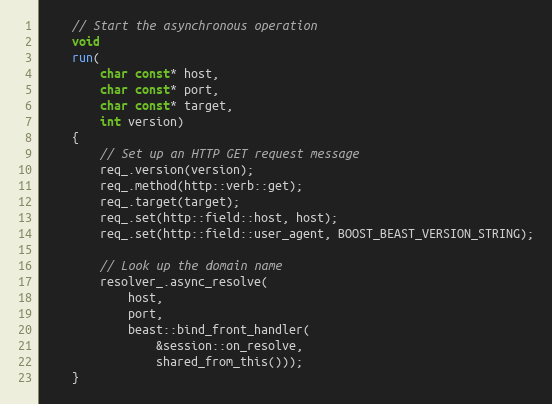
Language: C++
    // Start the asynchronous operation
    void
    run(
        char const* host,
        char const* port,
        char const* target,
        int version)
    {
        // Set up an HTTP GET request message
        req_.version(version);
        req_.method(http::verb::get);
        req_.target(target);
        req_.set(http::field::host, host);
        req_.set(http::field::user_agent, BOOST_BEAST_VERSION_STRING);

        // Look up the domain name
        resolver_.async_resolve(
            host,
            port,
            beast::bind_front_handler(
                &session::on_resolve,
                shared_from_this()));
    }